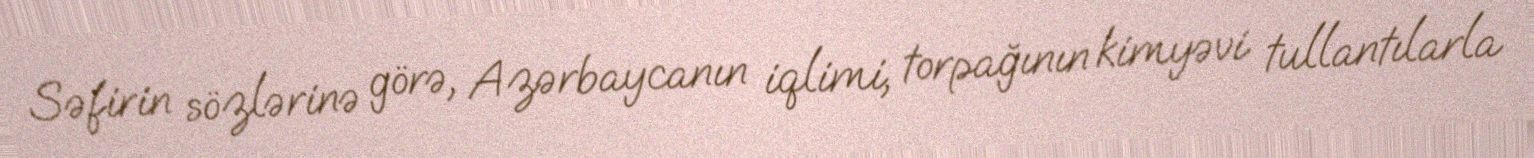
Səfirin sözlərinə görə, Azərbaycanın iqlimi, torpağının kimyəvi tullantılarla